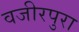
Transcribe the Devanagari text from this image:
वजीरपुरा